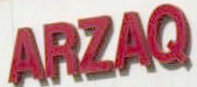
ARZAQ